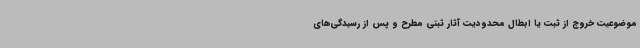
موضوعیت خروج از ثبت یا ابطال محدودیت آثار ثبتی مطرح و پس از رسیدگی‌های